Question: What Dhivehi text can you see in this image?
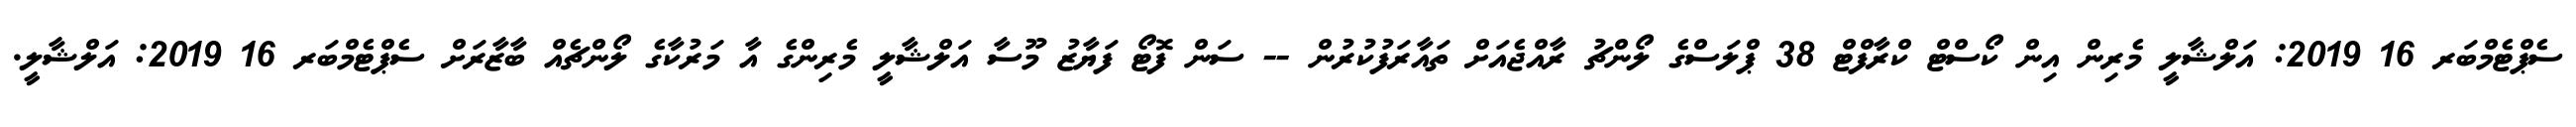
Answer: ސެޕްޓެމްބަރ 16 2019: އަލްޝާލީ މެރިން އިން ކޯސްޓް ކްރާފްޓް 38 ޕްލަސްގެ ލޯންޗު ރާއްޖެއަށް ތައާރަފުކުރުން -- ސަން ފޮޓޯ ފަޔާޒު މޫސާ އަލްޝާލީ މެރިންގެ އާ މަރުކާގެ ލޯންޗެއް ބާޒާރަށް ސެޕްޓެމްބަރ 16 2019: އަލްޝާލީ.